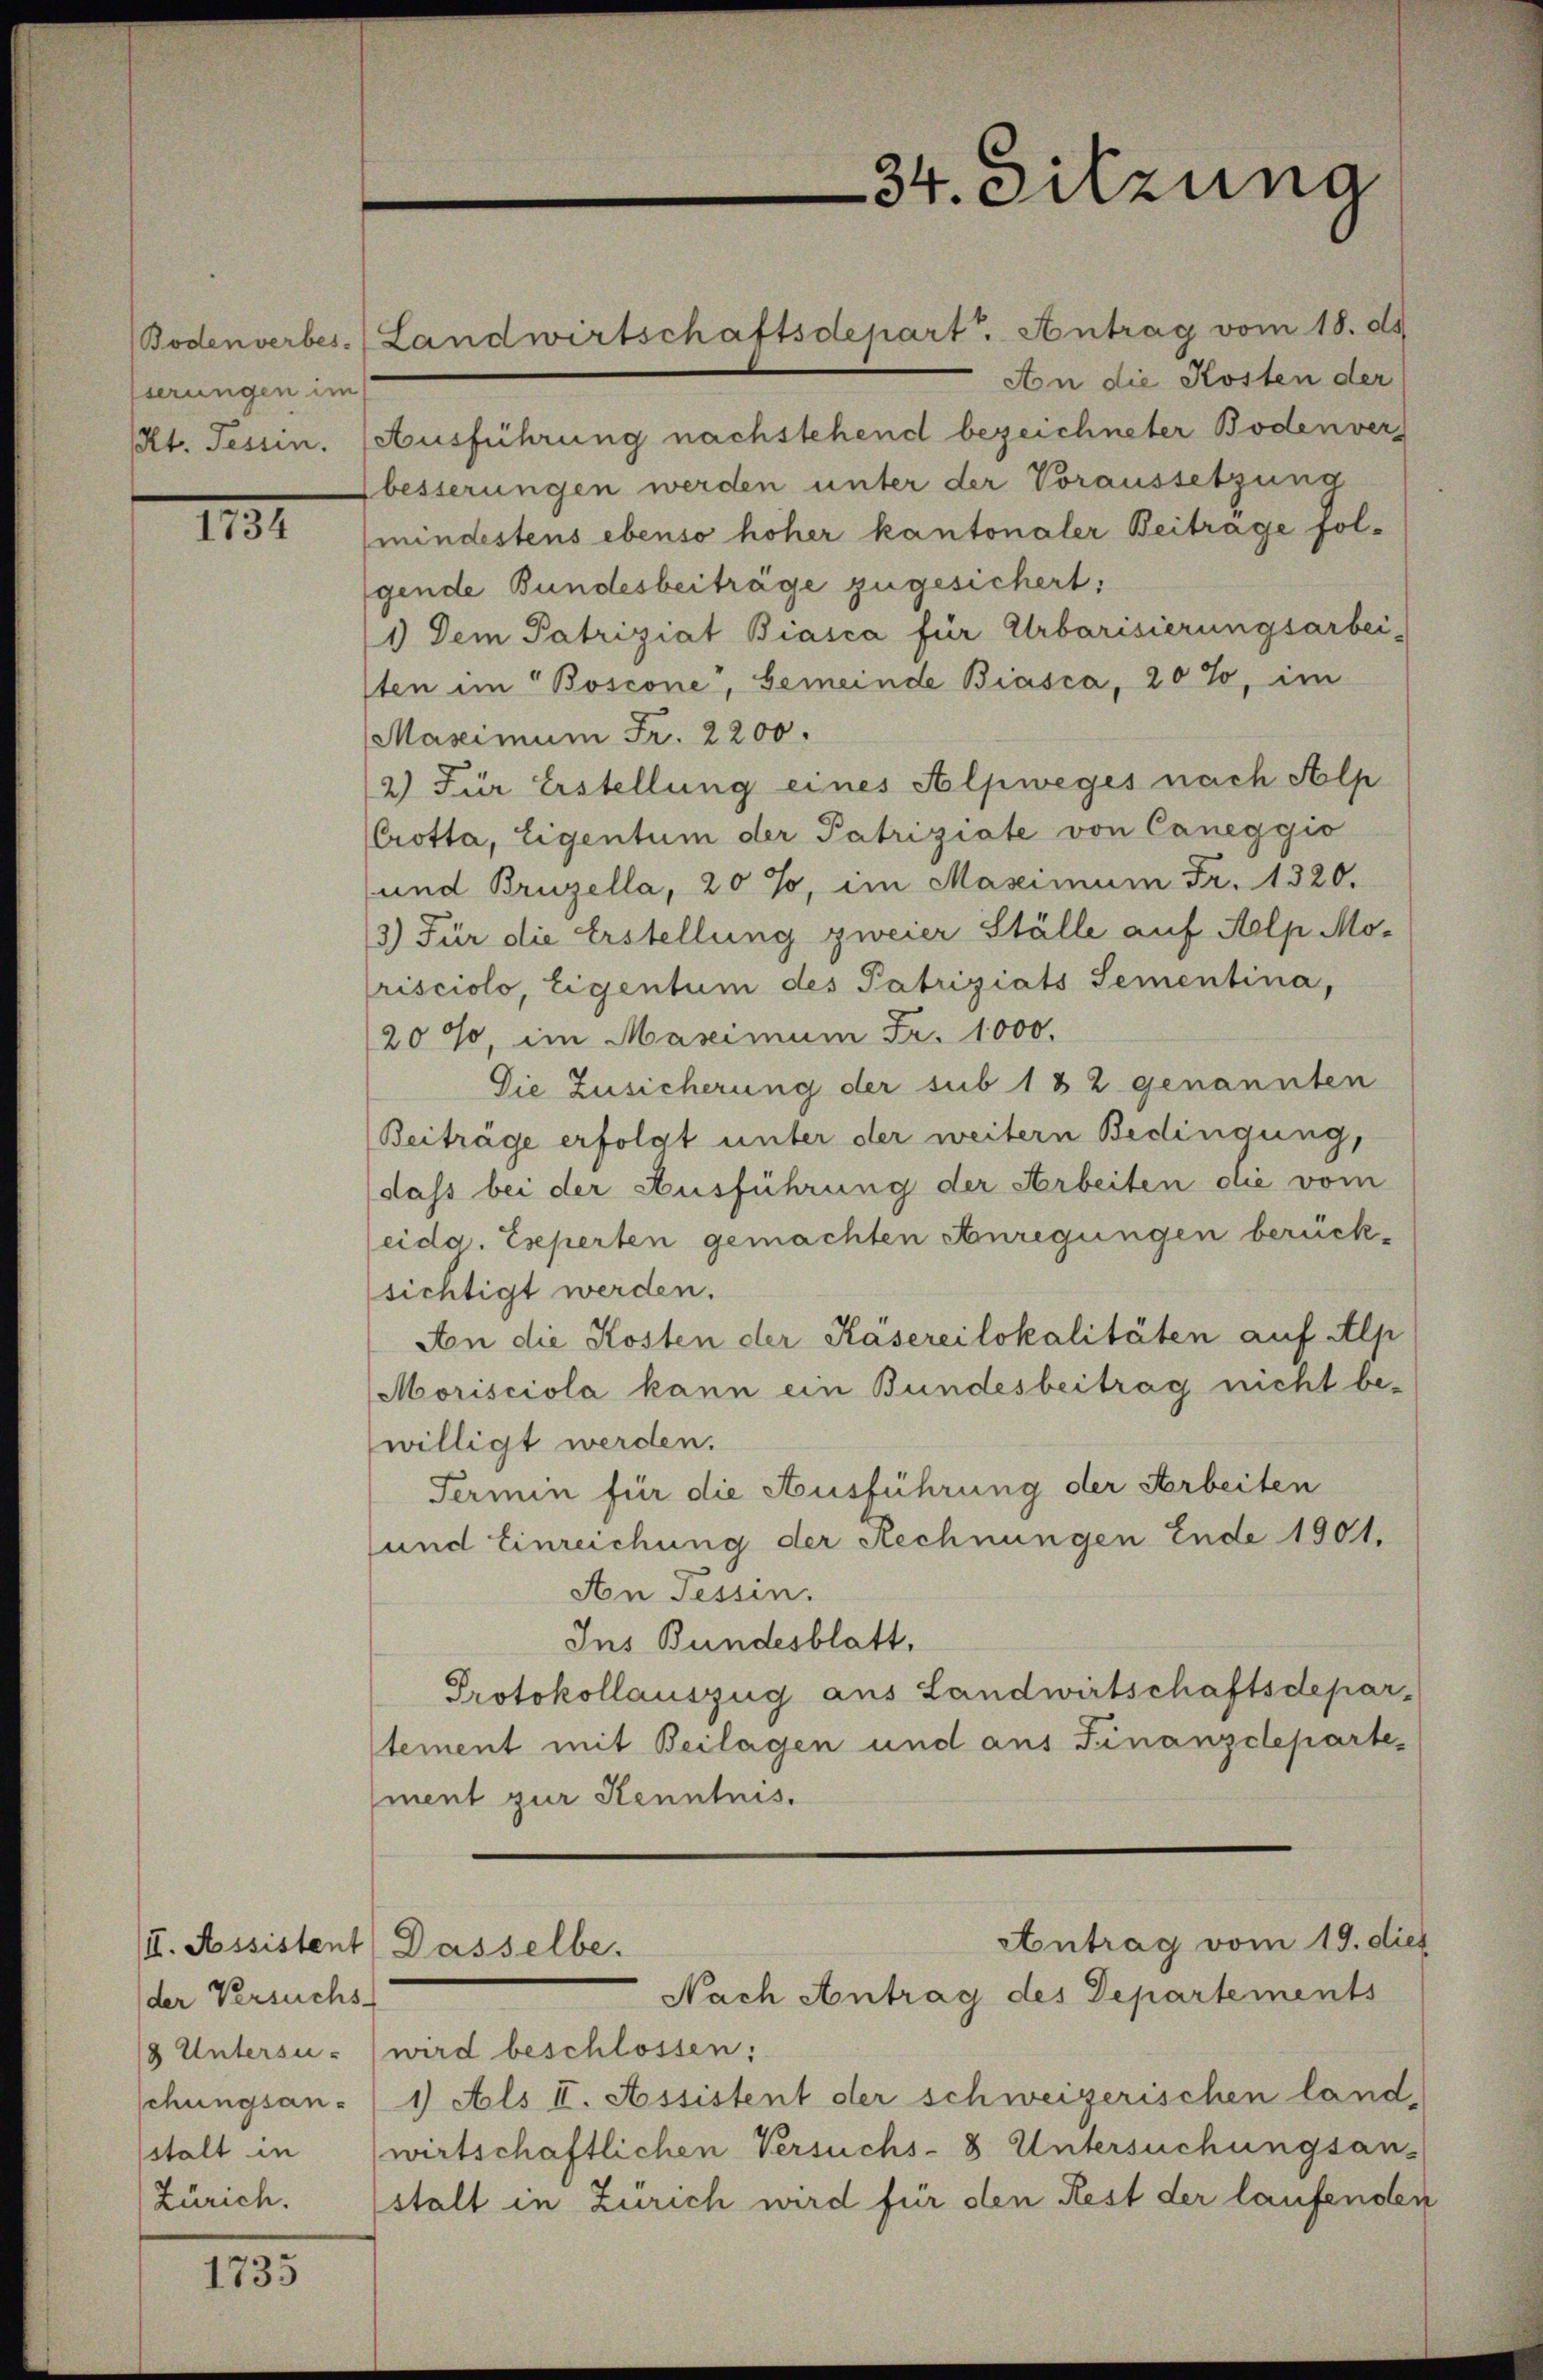
sierungen im

1131.

An die Kosten der
Kt. Tessin. (Ausführung nachstehend bezeichneter Bodenvers
besserungen werden unter der Voraussetzung
mindestens ebenso höher kantonaler Beitrage folgende Bundesbeiträge zugesichert:
1) Dem Patriziat Biasca für Urbarisierungsarbei-
sten im Boscone, Gemeinde Biasca, 20%, im
Maseimum Fr. 2200.
2) Für Erstellung eines Alpweges nach Alp
Crotta, Eigentum der Patriziate von Caneggio
und Bruzella, 20 %, im Maximum Fr. 1320.
3.) Für die Erstellung zweier Ställe auf Aelp Morisciolo, Eigentum des Patriziats Sementina,
20%, im Maximum Fr. 1000.
Die Zusicherung der sub 182 genannten
Beiträge erfolgt unter der weitern Bedingung,
dass bei der Ausführung der Arbeiten die vom
eidg. Eseperten gemachten Anregungen berücksichtigt werden.
An die Kosten der Käsereilokalitäten auf Alp
Morisciola kann ein Bundesbeitrag nicht be-
willigt werden.
Termin für die Ausführung der Arbeiten
und Einreichung der Rechnungen Ende 1901.
An Tessin.
Ins Bundesblatt,
Protokollauszug aus Landwirtschaftsdepar-
tement mit Beilagen und aus Finanzdepartement zur Kenntnis.

der Versuchs-
schungsan-
Zürich.

1735

I. Assistent Dasselbe.

Bodenverbes. (Landwirtschaftsdepart. Antrag vom 18. ds.

34. Sitzung

/8 Untersu- (wird beschlossen:
1) Als II. Assistent der schweizerischen land,
stalt in (wirtschaftlichen Versuchs-8. Untersuchungsans
stalt in Zürich wird für den Rest der laufenden

Antrag vom 19. dies
Nach Antrag des Departements